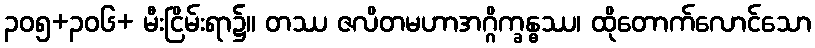
၃၀၅+၃၀၆+ မီးငြိမ်းရာ၌။ တဿ ဇလိတမဟာအဂ္ဂိက္ခန္ဓဿ၊ ထိုတောက်လောင်သော